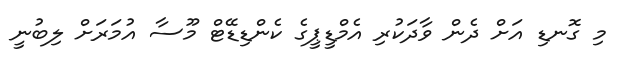
މި ގޮނޑި އަށް ދެން ވާދަކުރި އެމްޑީޕީގެ ކެންޑިޑޭޓް މޫސާ އުމަރަށް ލިބުނީ